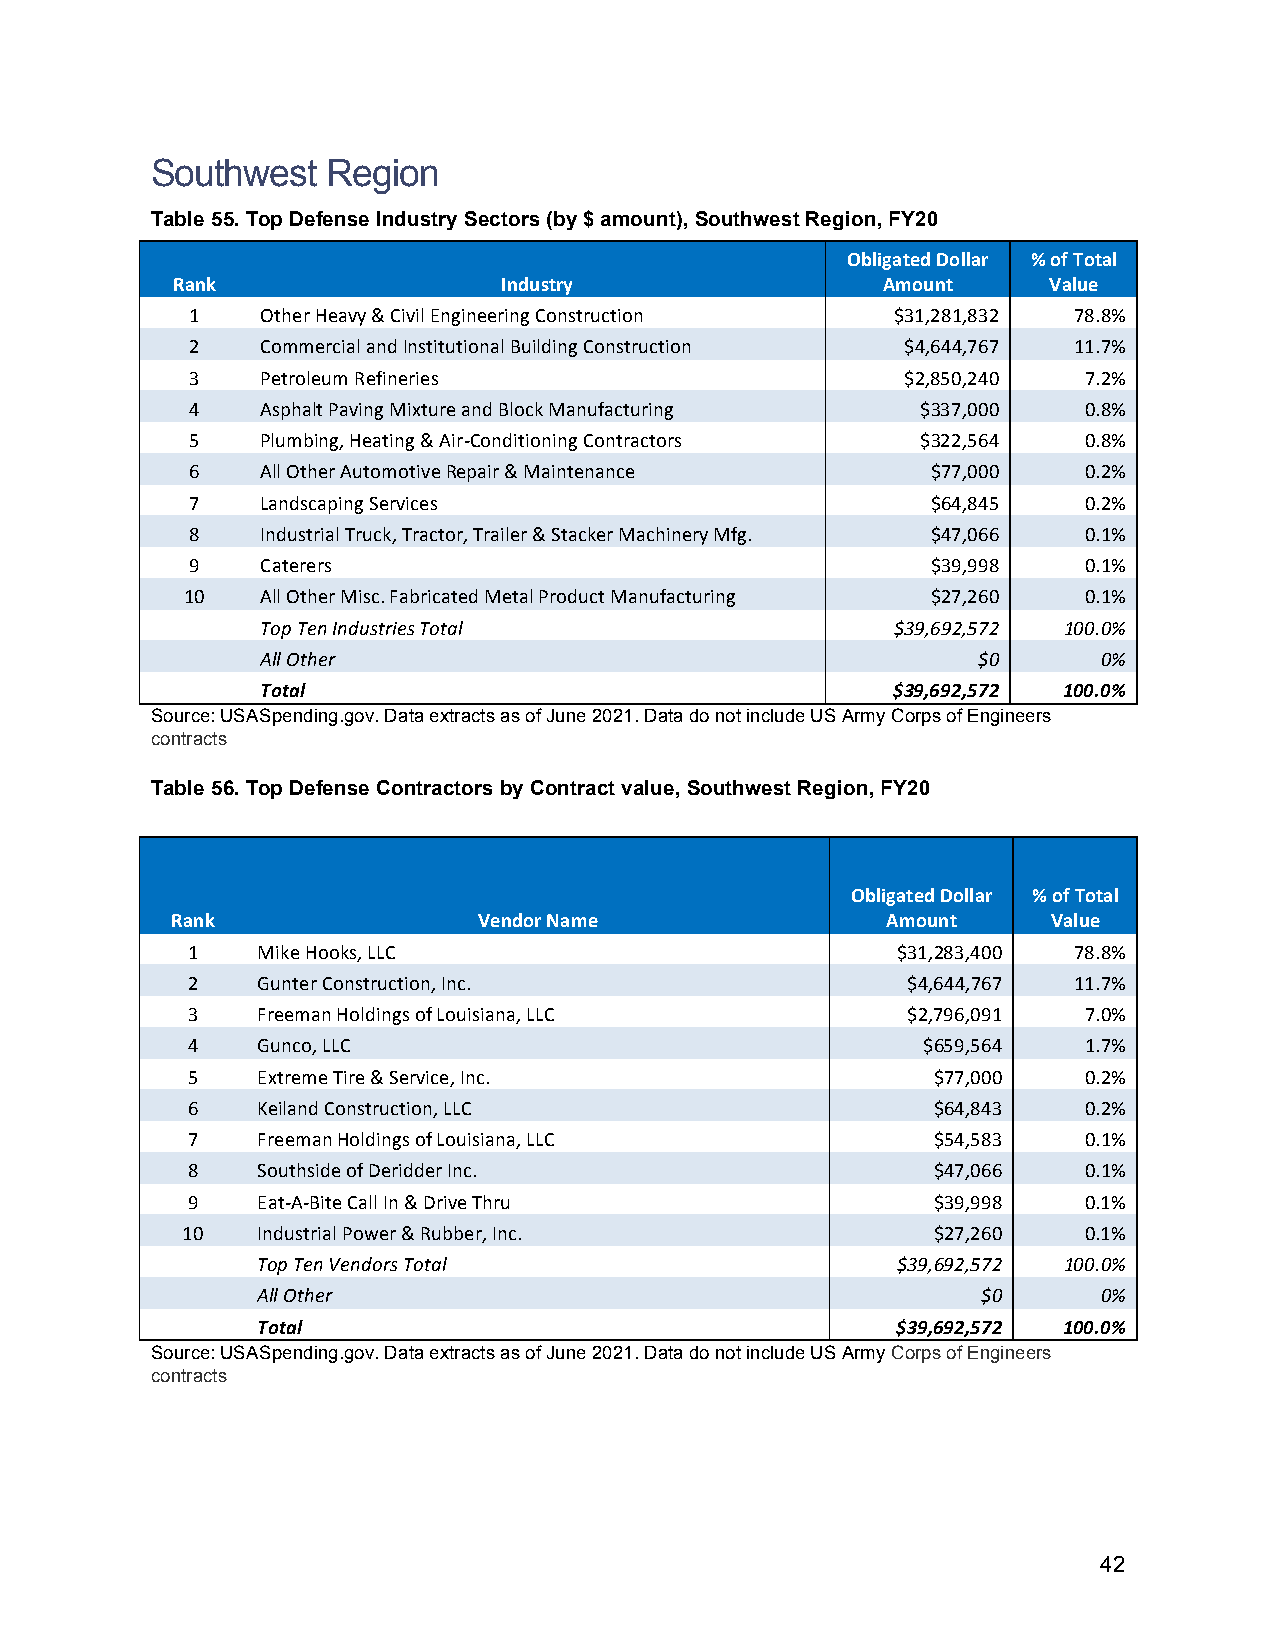
Southwest   Region
 Table 55. Top Defense Industry Sectors (by $ amount), Southwest Region, FY20
 Obligated Dollar % of Total
 Rank                  Industry                 Amount     Value
 1   Other Heavy & Civil Engineering Construction $31,281,832 78.8%
 2   Commercial and Institutional Building Construction $4,644,767 11.7%
 3   Petroleum Refineries                       $2,850,240  7.2%
 4   Asphalt Paving Mixture and Block Manufacturing $337,000 0.8%
 5   Plumbing, Heating & Air-Conditioning Contractors $322,564 0.8%
 6   All Other Automotive Repair & Maintenance    $77,000   0.2%
 7   Landscaping Services                         $64,845   0.2%
 8   Industrial Truck, Tractor, Trailer & Stacker Machinery Mfg. $47,066 0.1%
 9   Caterers                                     $39,998   0.1%
 10   All Other Misc. Fabricated Metal Product Manufacturing $27,260 0.1%
 Top Ten Industries Total                  $39,692,572 100.0%
 All Other                                       $0      0%
 Total                                     $39,692,572 100.0%
 Source: USASpending.gov. Data extracts as of June 2021. Data do not include US Army Corps of Engineers
 contracts
 Table 56. Top Defense Contractors by Contract value, Southwest Region, FY20
 Obligated Dollar % of Total
 Rank                 Vendor Name                Amount     Value
 1    Mike Hooks, LLC                           $31,283,400 78.8%
 2    Gunter Construction, Inc.                  $4,644,767 11.7%
 3    Freeman Holdings of Louisiana, LLC         $2,796,091  7.0%
 4    Gunco, LLC                                  $659,564   1.7%
 5    Extreme Tire & Service, Inc.                 $77,000   0.2%
 6    Keiland Construction, LLC                    $64,843   0.2%
 7    Freeman Holdings of Louisiana, LLC           $54,583   0.1%
 8    Southside of Deridder Inc.                   $47,066   0.1%
 9    Eat-A-Bite Call In & Drive Thru              $39,998   0.1%
 10   Industrial Power & Rubber, Inc.              $27,260   0.1%
 Top Ten Vendors Total                     $39,692,572 100.0%
 All Other                                       $0      0%
 Total                                     $39,692,572 100.0%
 Source: USASpending.gov. Data extracts as of June 2021. Data do not include US Army Corps of Engineers
 contracts
 42